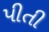
પીતી